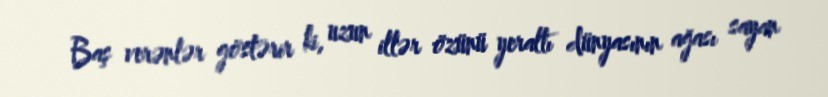
Baş verənlər göstərir ki, uzun illər özünü yeraltı dünyasının ağası sayan